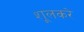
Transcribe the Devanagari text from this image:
शूलकरे